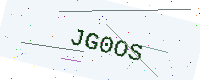
Text: JG0OS